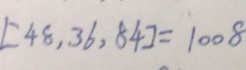
[ 4 8 , 3 6 , 8 4 ] = 1 0 0 8